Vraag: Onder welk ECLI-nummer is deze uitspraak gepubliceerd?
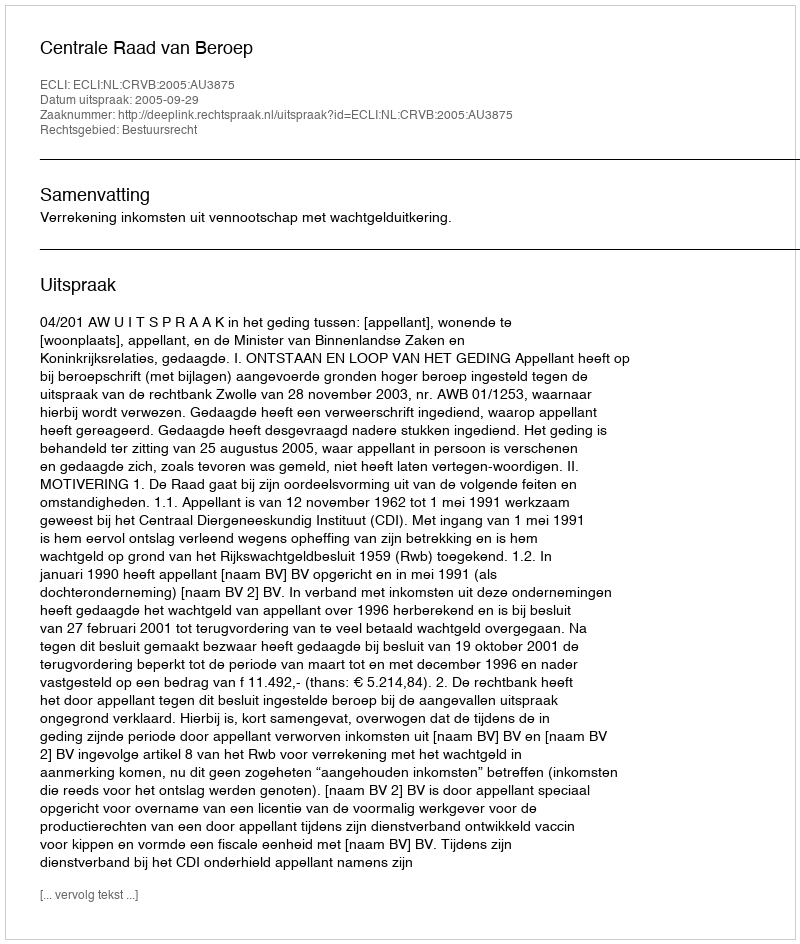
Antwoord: ECLI:NL:CRVB:2005:AU3875